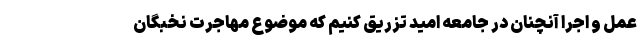
عمل و اجرا آنچنان در جامعه امید تزریق کنیم که موضوع مهاجرت نخبگان